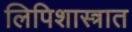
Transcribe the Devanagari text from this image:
लिपिशास्त्रात